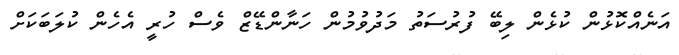
އަނެއްކޮޅުން ކުޅެން ލިބޭ ފުރުސަތު މަދުވުމުން ހަނާންޑޭޒް ވެސް ހުރީ އެހެން ކުލަބަކަށް